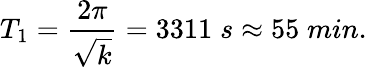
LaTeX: T_{1}={\frac{2\pi}{\sqrt{k}}}=3311\; s\approx 55\; min.